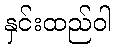
နှင်းထည်ဝါ